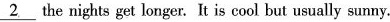
\underline{2} the nights get longer. It is cool but usually sunny.